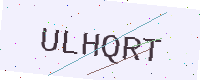
Text: ULHQRT